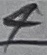
Text: 4